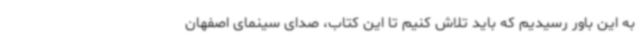
به این باور رسیدیم که باید تلاش کنیم تا این کتاب، صدای سینمای اصفهان